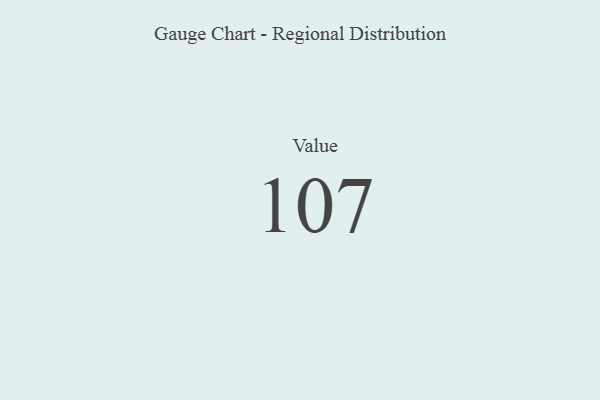
{"axis": {"x": "Metric", "y": "Value"}, "legend": [""], "data": [{"x": "Value", "y": 107, "type": ""}]}